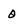
Character: 0